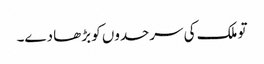
تو ملک کی سرحدوں کو بڑھا دے۔